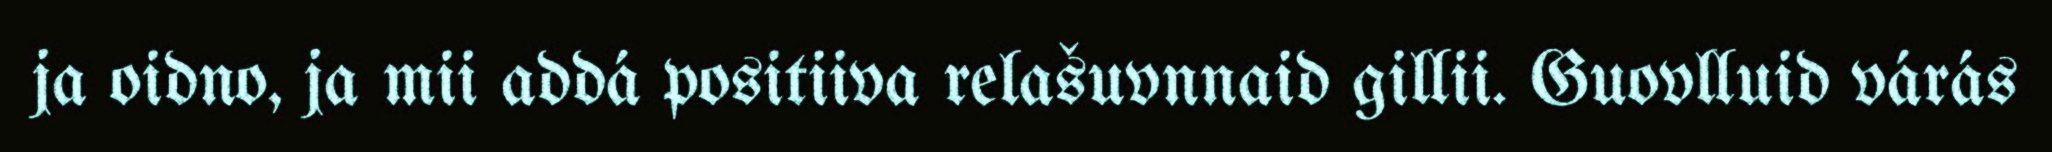
ja oidno, ja mii addá positiiva relašuvnnaid gillii. Guovlluid várás